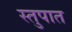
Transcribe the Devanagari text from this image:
स्तुपात